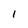
Character: I